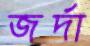
জর্দা